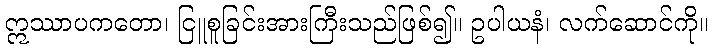
ဣဿာပကတော၊ ငြူစူခြင်းအားကြီးသည်ဖြစ်၍။ ဥပါယနံ၊ လက်ဆောင်ကို။